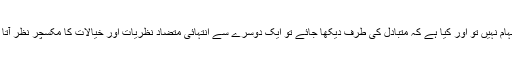
یہ ابہام نہیں تو اور کیا ہے کہ متبادل کی طرف دیکھا جائے تو ایک دوسرے سے انتہائی متضاد نظریات اور خیالات کا مکسچر نظر آتا ہے۔